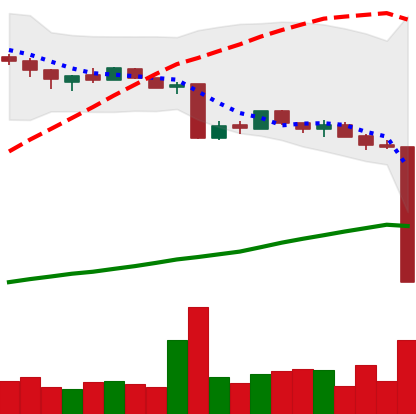
Ticker: BTC-USD
Chart end date: 2015-08-18
Forward return: 8.097%
Label: up_7plus